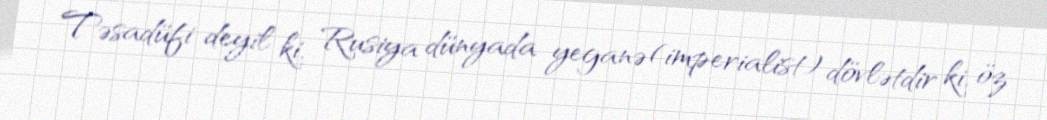
Təsadüfi deyil ki, Rusiya dünyada yeganə (imperialist) dövlətdir ki, öz